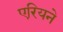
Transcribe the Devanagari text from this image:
एरियने